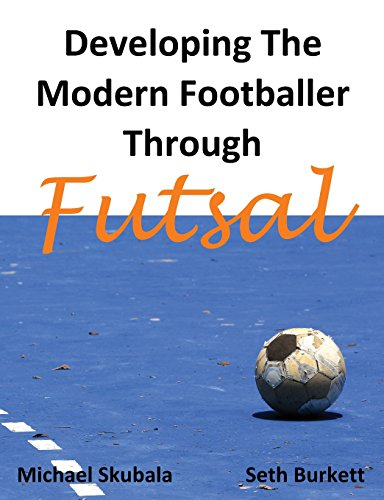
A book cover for Developing the Modern Footballer through Futsal; Michael Skubala; Sports & Outdoors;